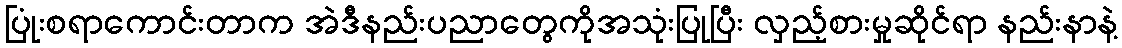
ပြုံးစရာကောင်းတာက အဲဒီနည်းပညာတွေကိုအသုံးပြုပြီး လှည့်စားမှုဆိုင်ရာ နည်းနာနဲ့